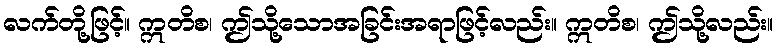
လက်တို့ဖြင့်။ ဣတိစ၊ ဤသို့သောအခြင်းအရာဖြင့်လည်း။ ဣတိစ၊ ဤသို့လည်း။